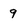
Character: 9